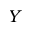
Y